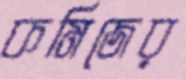
কমিজের